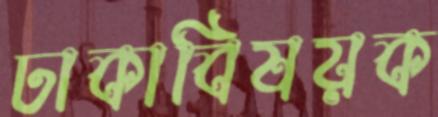
ঢাকাবিষয়ক